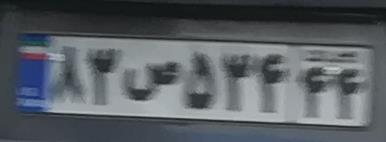
۸۳ص۵۳۴۴۴